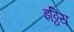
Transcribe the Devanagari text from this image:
इठ्ठिय